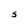
Character: S